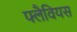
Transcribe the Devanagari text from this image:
फ्लैवियस